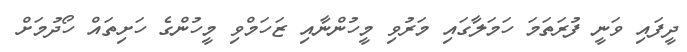
ދީފައި ވަނީ ފުރަތަމަ ހަމަލާގައި މަރުވި މީހުންނާއި ޒަހަމްވި މީހުންގެ ހަށިތައް ހޯދުމަށް